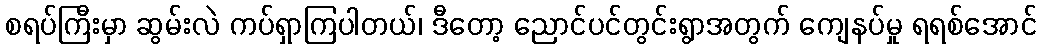
စရပ်ကြီးမှာ ဆွမ်းလဲ ကပ်ရှာကြပါတယ်၊ ဒီတော့ ညောင်ပင်တွင်းရွာအတွက် ကျေနပ်မှု ရရစ်အောင်